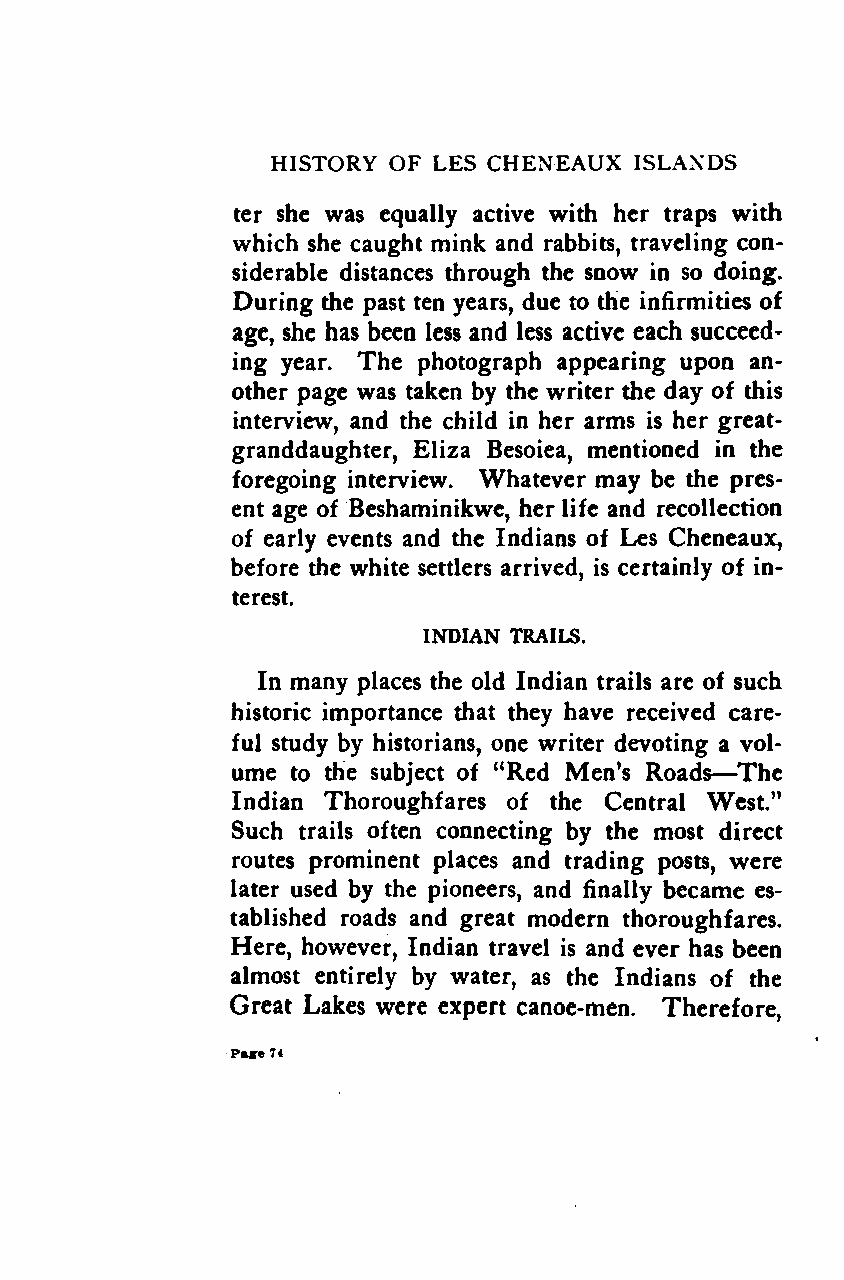
HISTORY OF LES CHENEAUX ISLANDS
 ter she was equally active with her traps with
 which she caught mink and rabbits, traveling con-
 siderable distances through the snow in so doing.
 During the past ten years, due to the infirmities of
 age, she has been less and less active each succeed-
 ing year. The photograph appearing upon an-
 other page was taken by the writer the day of this
 interview, and the child in her arms is her great-
 granddaughter, Eliza Besoiea, mentioned in the
 foregoing interview. Whatever may be the pres-
 ent age of Beshaminikwe, her life and recollection
 of early events and the Indians of Les Cheneaux,
 before the white settlers arrived, is certainly of in-
 terest.
 INDIAN TRAILS.
 In many places the old Indian trails are of such
 historic importance that they have received care-
 ful study by historians, one writer devoting a vol-
 —
 ume to the subject of "Red Men's Roads The
 Indian Thoroughfares of the Central West."
 Such trails often connecting by the most direct
 routes prominent places and trading posts, were
 later used by the pioneers, and finally became es-
 tablished roads and great modern thoroughfares.
 Here, however, Indian travel is and ever has been
 almost entirely by water, as the Indians of the
 Great Lakes were expert canoe-men. Therefore,
 Pare74
 Google
 Digitizedby